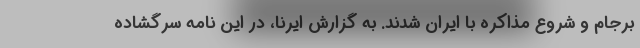
برجام و شروع مذاکره با ایران شدند. به گزارش ایرنا، در این نامه سرگشاده